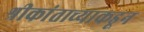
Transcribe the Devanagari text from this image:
श्रीकांताच्याकडून